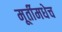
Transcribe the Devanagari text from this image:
मूर्तीमधेच